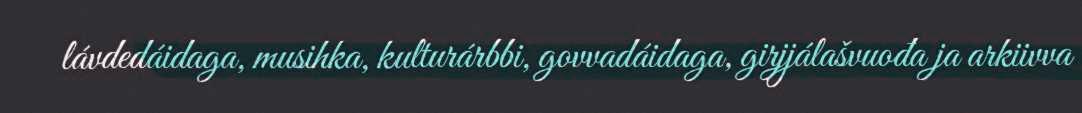
lávdedáidaga, musihka, kulturárbbi, govvadáidaga, girjjálašvuođa ja arkiivva